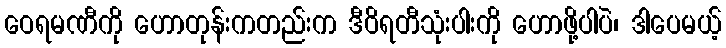
ဝေရမဏီကို ဟောတုန်းကတည်းက ဒီဝိရတီသုံးပါးကို ဟောဖို့ပါပဲ၊ ဒါပေမယ့်